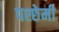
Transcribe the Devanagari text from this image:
पश्छेमी